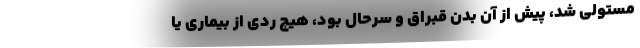
مستولي شد، پيش از آن بدن قبراق و سرحال بود، هيچ ردي از بيماري يا